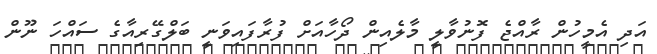
އަދި އެމީހުން ރާއްޖެ ފޮނުވާލީ މާލެއިން ދޯހާއަށް ފުރާފައިވަނީ ބަލްގޭރިއާގެ ސައްހަ ނޫން